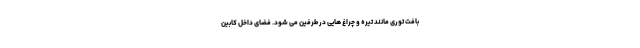
بافت توری مانند تیره و چراغ هایی در طرفین می شود. فضای داخل کابین